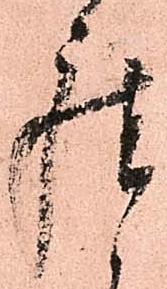
座